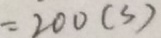
= 2 0 0 ( s )